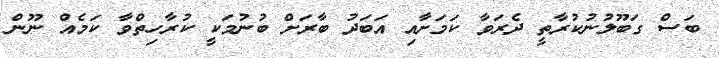
ބަސް ގަބޫލުނުކުރާތީ ދެރަވާ ކަމަށާއި އަބަދު ބާރަށް ބުނުމަކީ ކުރާހިތްވާ ކަމެއް ނޫން